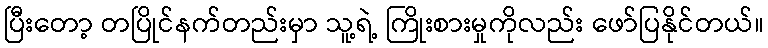
ပြီးတော့ တပြိုင်နက်တည်းမှာ သူ့ရဲ့ ကြိုးစားမှုကိုလည်း ဖော်ပြနိုင်တယ်။